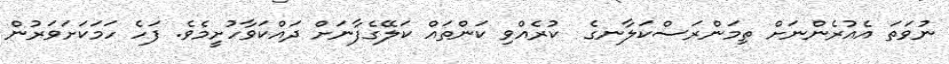
ނުވަތަ އެއުރެންނަށް ތިމަންރަސްކަލާނގެ  ކުރެއްވި ކަންތައް ކަލޭގެފާނަށް ދައްކަވާހުށީމެވެ. ފަހެ ހަމަކަށަވަރުން